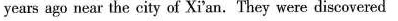
years ago near the city of Xi'an. They were discovered